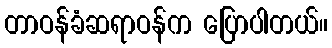
တာဝန်ခံဆရာဝန်က ပြောပါတယ်။